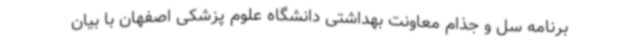
برنامه سل و جذام معاونت بهداشتی دانشگاه علوم پزشکی اصفهان با بیان